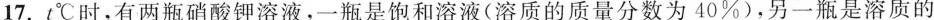
17.t℃时，有两瓶硝酸钾溶液，一瓶是饱和溶液(溶质的质量分数为40%)，另一瓶是溶质的